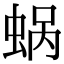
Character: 蜗